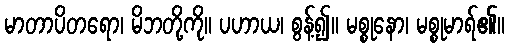
မာတာပိတရော၊ မိဘတို့ကို။ ပဟာယ၊ စွန့်၍။ မစ္စုနော၊ မစ္စုမာရ်၏။